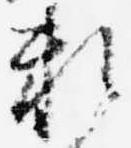
頼